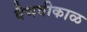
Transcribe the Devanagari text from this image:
वैभवीकाळ